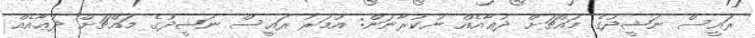
ރައީސް ނަޝީދުގެ މައްޗަށް ދުޢާއެއް ނުކުރާނަން: އުމަރު ރައީސް ނަޝީދުގެ މައްޗަށް ދުޢާއެއް